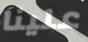
علينا